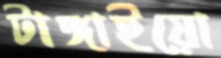
টাঙ্গাইয়ো